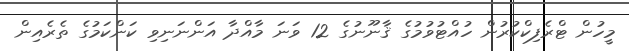
މީހުން ޓްރެފިކްކުރުން ހުއްޓުވުމުގެ ޤާނޫނުގެ 12 ވަނަ މާއްދާ އަންނަނިވި ކަންކަމުގެ ތެރެއިން